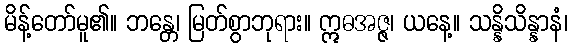
မိန့်တော်မူ၏။ ဘန္တေ၊ မြတ်စွာဘုရား။ ဣဓအဇ္ဇ၊ ယနေ့။ သန္နိသိန္နာနံ၊